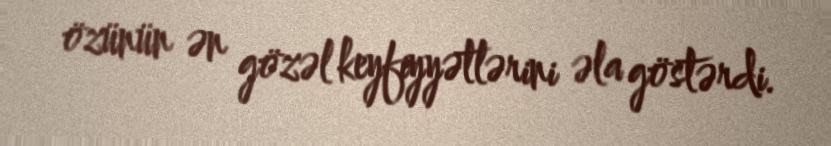
özünün ən gözəl keyfiyyətlərini əla göstərdi.